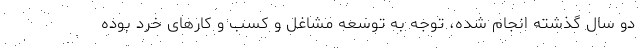
دو سال گذشته انجام شده، توجه به توسعه مشاغل و کسب و کارهای خرد بوده